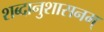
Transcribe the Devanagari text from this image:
शब्दानुशासनम्